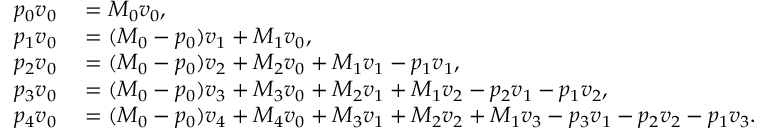
\begin{array} { r l } { p _ { 0 } \boldsymbol { v } _ { 0 } } & { { } = M _ { 0 } \boldsymbol { v } _ { 0 } , } \\ { p _ { 1 } \boldsymbol { v } _ { 0 } } & { { } = ( M _ { 0 } - p _ { 0 } ) \boldsymbol { v } _ { 1 } + M _ { 1 } \boldsymbol { v } _ { 0 } , } \\ { p _ { 2 } \boldsymbol { v } _ { 0 } } & { { } = ( M _ { 0 } - p _ { 0 } ) \boldsymbol { v } _ { 2 } + M _ { 2 } \boldsymbol { v } _ { 0 } + M _ { 1 } \boldsymbol { v } _ { 1 } - p _ { 1 } \boldsymbol { v } _ { 1 } , } \\ { p _ { 3 } \boldsymbol { v } _ { 0 } } & { { } = ( M _ { 0 } - p _ { 0 } ) \boldsymbol { v } _ { 3 } + M _ { 3 } \boldsymbol { v } _ { 0 } + M _ { 2 } \boldsymbol { v } _ { 1 } + M _ { 1 } \boldsymbol { v } _ { 2 } - p _ { 2 } \boldsymbol { v } _ { 1 } - p _ { 1 } \boldsymbol { v } _ { 2 } , } \\ { p _ { 4 } \boldsymbol { v } _ { 0 } } & { { } = ( M _ { 0 } - p _ { 0 } ) \boldsymbol { v } _ { 4 } + M _ { 4 } \boldsymbol { v } _ { 0 } + M _ { 3 } \boldsymbol { v } _ { 1 } + M _ { 2 } \boldsymbol { v } _ { 2 } + M _ { 1 } \boldsymbol { v } _ { 3 } - p _ { 3 } \boldsymbol { v } _ { 1 } - p _ { 2 } \boldsymbol { v } _ { 2 } - p _ { 1 } \boldsymbol { v } _ { 3 } . } \end{array}